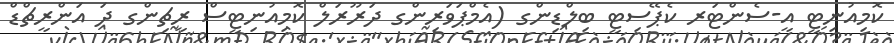
ކޮމިއުނިޓީ އީ-ސެންޓަރ ކެޕޭސިޓީ ބިލްޑިންގ (އެމްޕަވަރިންގ ދަރޫރަލް ކޮމިއުނިޓީސް ރީޗިންގ ދަ އަންރީޗްޑް